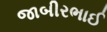
જાબીરભાઈ